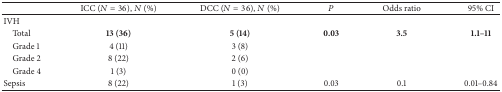
<table><thead><tr><td><b> </b></td><td><b>ICC (<i>N</i> = 36), <i>N</i> (%)</b></td><td><b>DCC (<i>N</i> = 36), <i>N</i> (%)</b></td><td><b><i>P</i></b></td><td><b>Odds ratio</b></td><td><b>95% CI</b></td></tr></thead><tbody><tr><td>IVH</td><td> </td><td> </td><td> </td><td> </td><td> </td></tr><tr><td> Total</td><td><b>13 (36)</b></td><td><b>5 (14)</b></td><td><b>0.03</b></td><td><b>3.5</b></td><td><b>1.1–11</b></td></tr><tr><td> Grade 1</td><td>4 (11)</td><td>3 (8)</td><td> </td><td> </td><td> </td></tr><tr><td> Grade 2</td><td>8 (22)</td><td>2 (6)</td><td> </td><td> </td><td> </td></tr><tr><td> Grade 4</td><td>1 (3)</td><td>0 (0)</td><td> </td><td> </td><td> </td></tr><tr><td>Sepsis</td><td>8 (22)</td><td>1 (3)</td><td>0.03</td><td>0.1</td><td>0.01–0.84</td></tr></tbody></table>